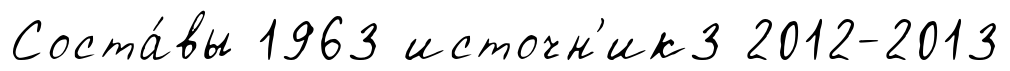
Соста́вы 1963 источн'ик3 2012-2013